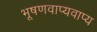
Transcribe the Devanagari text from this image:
भूषणवाप्यवाप्य